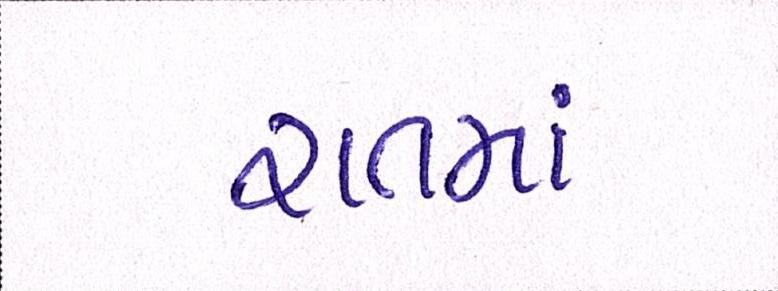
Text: રાતમાં